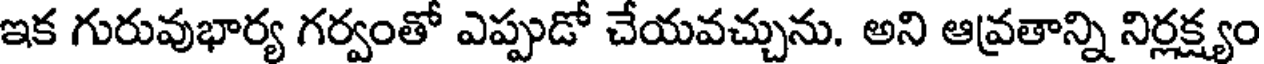
ఇక గురువుభార్య గర్వంతో ఎప్పుడో చేయవచ్చును. అని ఆవ్రతాన్ని నిర్లక్ష్యం